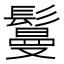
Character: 鬘